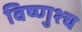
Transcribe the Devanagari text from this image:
विष्णुश्च